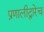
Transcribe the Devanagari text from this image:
प्रणालीद्वारेच